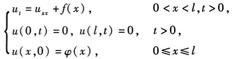
\[
\begin{cases}
u_t = u_{xx} + f(x,t), & 0 < x < l, t > 0 \\
u(0,t) = u(l,t) = 0, & t \geq 0 \\
u(x,0) = \varphi(x), & 0 \leq x \leq l
\end{cases}
\]